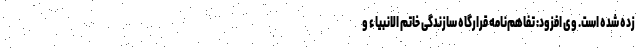
زده شده است. وی افزود: تفاهم‌نامه قرارگاه سازندگی خاتم الانبیاء و